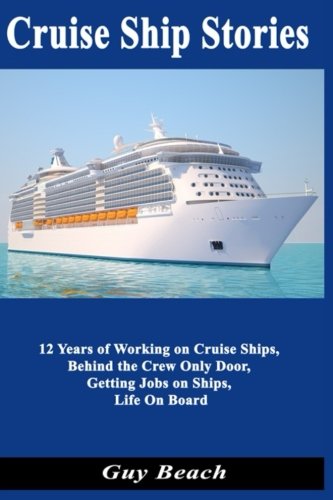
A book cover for Cruise Ship Stories: 12 Years of Working on Cruise Ships, Behind the Crew Only Door, Getting Jobs on Ships, Life On Board; Guy Beach; Travel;